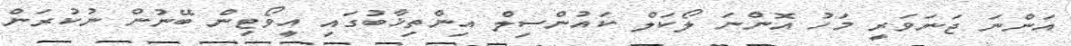
އަންނަ ޖަނަވަރީ މަހު އޮންނަ ލޯކަލް ކައުންސިލް އިންތިޚާބުގައި އީވޯޓިން ބޭނުން ނުކުރަން